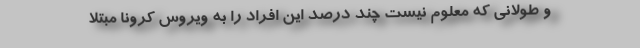
و طولانی که معلوم نیست چند درصد این افراد را به ویروس کرونا مبتلا